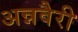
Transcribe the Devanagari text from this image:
अन्नवैरी